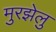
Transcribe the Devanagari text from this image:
मुरझेलु